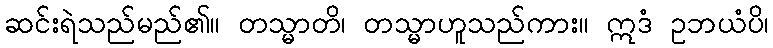
ဆင်းရဲသည်မည်၏။ တသ္မာတိ၊ တသ္မာဟူသည်ကား။ ဣဒံ ဥဘယံပိ၊